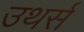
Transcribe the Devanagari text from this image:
उथर्स